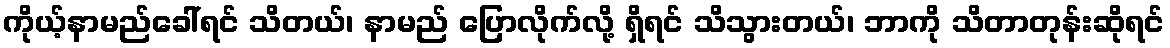
ကိုယ့်နာမည်ခေါ်ရင် သိတယ်၊ နာမည် ပြောလိုက်လို့ ရှိရင် သိသွားတယ်၊ ဘာကို သိတာတုန်းဆိုရင်